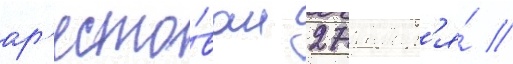
ар'есто́ван 27 январ'я́ //